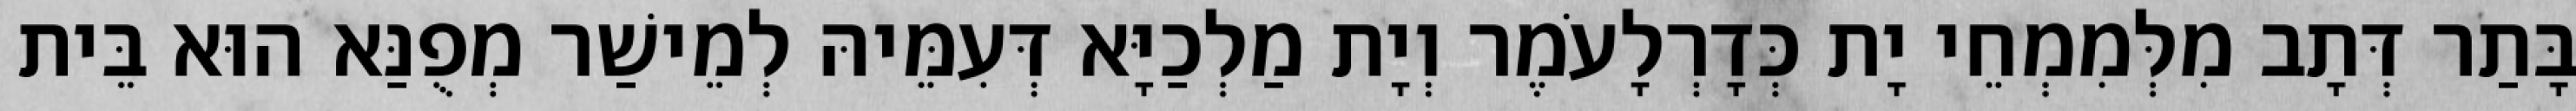
בָּתַר דְּתָב מִלְּמִמְחֵי יָת כְּדָרְלָעֹמֶר וְיָת מַלְכַיָּא דְּעִמֵּיהּ לְמֵישַׁר מְפֻנַּא הוּא בֵּית